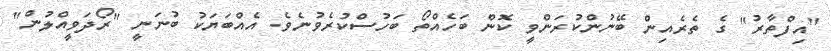
"އިފްތާރު" ގެ ތެރެއިން ބޭނުންކުރަންވީ ކޮން ބަހެއްތޯ ބަހުސްކުރެވުނެވެ. އެއްބަޔަކު ބުނަނީ "ރޯދަވީއްލުން"